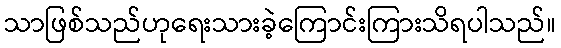
သာဖြစ်သည်ဟုရေးသားခဲ့ကြောင်းကြားသိရပါသည်။